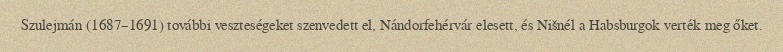
Szulejmán (1687–1691) további veszteségeket szenvedett el, Nándorfehérvár elesett, és Nišnél a Habsburgok verték meg őket.